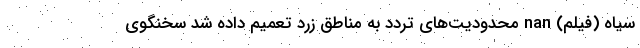
سیاه (فیلم) nan محدودیت‌های تردد به مناطق زرد تعمیم داده شد سخنگوی